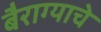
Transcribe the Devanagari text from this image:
बैराग्याचे